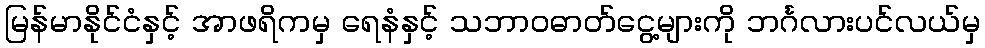
မြန်မာနိုင်ငံနှင့် အာဖရိကမှ ရေနံနှင့် သဘာဝဓာတ်ငွေ့များကို ဘင်္ဂလားပင်လယ်မှ